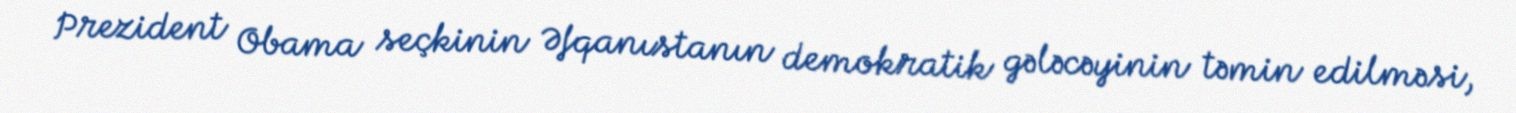
Prezident Obama seçkinin Əfqanıstanın demokratik gələcəyinin təmin edilməsi,